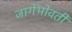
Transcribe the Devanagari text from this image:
जागेभोवती